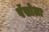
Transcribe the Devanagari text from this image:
पॅसोला